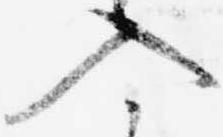
入